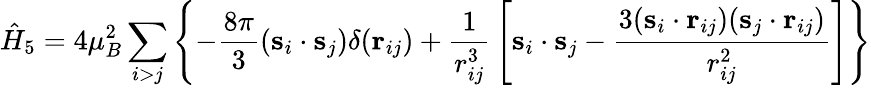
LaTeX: {\hat{H}}_{5}=4\mu_{B}^{2}\sum_{i>j}\left\lbrace-{\frac{8\pi}{3}}(\mathbf{s}_{i}\cdot\mathbf{s}_{j})\delta(\mathbf{r}_{ij})+{\frac{1}{r_{ij}^{3}}}\left[\mathbf{s}_{i}\cdot\mathbf{s}_{j}-{\frac{3(\mathbf{s}_{i}\cdot\mathbf{r}_{ij})(\mathbf{s}_{j}\cdot\mathbf{r}_{ij})}{r_{ij}^{2}}}\right]\right\rbrace